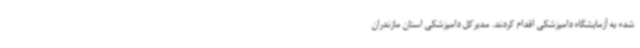
شده به آزمایشگاه دامپزشکی اقدام کردند. مدیرکل دامپزشکی استان مازندران